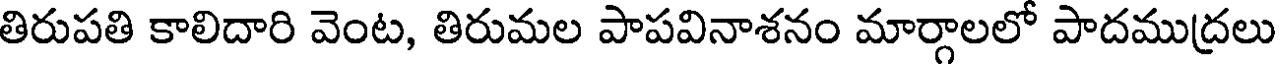
తిరుపతి కాలిదారి వెంట, తిరుమల పాపవినాశనం మార్గాలలో పాదముద్రలు